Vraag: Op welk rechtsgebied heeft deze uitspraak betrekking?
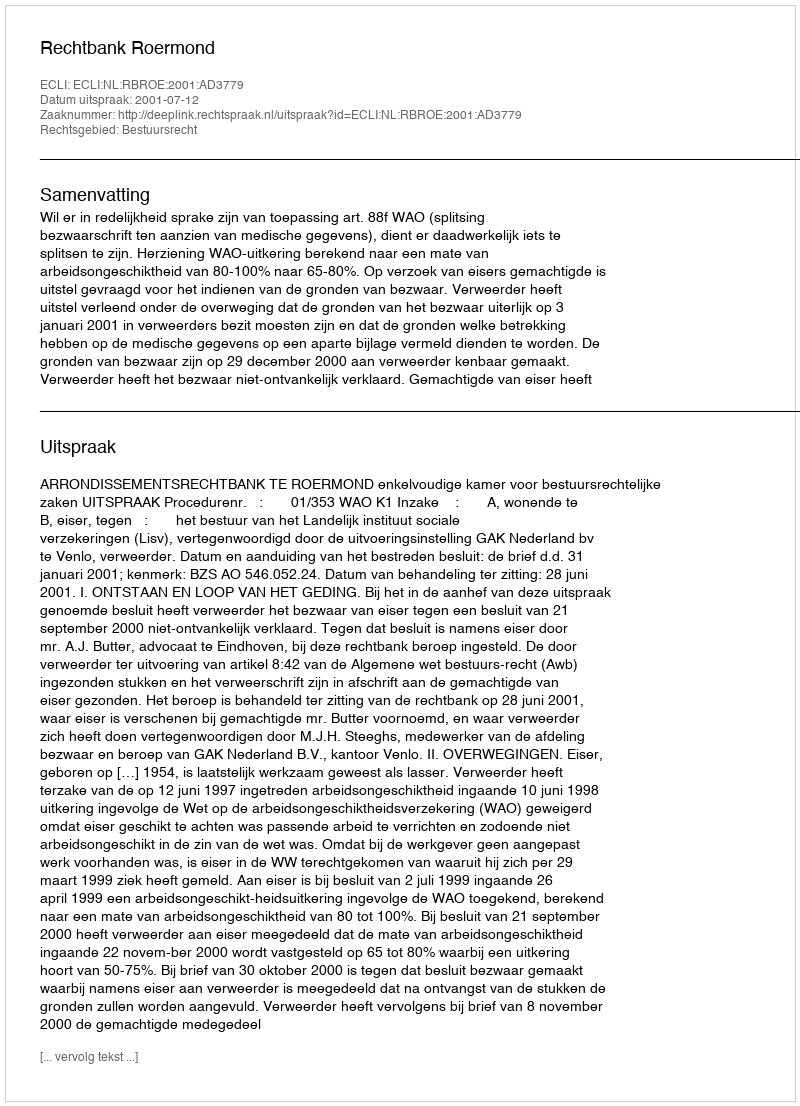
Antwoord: Bestuursrecht